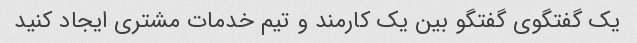
یک گفتگوی گفتگو بین یک کارمند و تیم خدمات مشتری ایجاد کنید